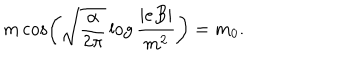
m \cos \left( \sqrt { \frac { \alpha } { 2 \pi } } \log \frac { | e B | } { m ^ { 2 } } \right) = m _ { 0 } .